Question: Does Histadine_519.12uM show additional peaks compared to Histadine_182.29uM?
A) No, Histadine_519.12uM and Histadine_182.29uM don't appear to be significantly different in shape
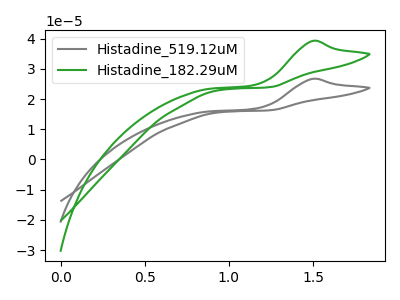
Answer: <think>The gray curve "Histadine_519.12uM" has an anodic peak at: (1.50V, 26.70uA). The green curve "Histadine_182.29uM" has an anodic peak at: (1.50V, 39.25uA).
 All the peaks in "Histadine_519.12uM" have a peak in "Histadine_182.29uM" at the same potential. Every peak in "Histadine_519.12uM" is lower than every peak in "Histadine_182.29uM".</think>
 <answer>A) No, "Histadine_519.12uM" and "Histadine_182.29uM" don't appear to be significantly different in shape</answer>
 <eval>A</eval>